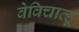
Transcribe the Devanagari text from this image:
वेविचात्हू